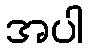
အပါ